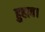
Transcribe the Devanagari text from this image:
हुहाव।